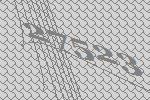
27523